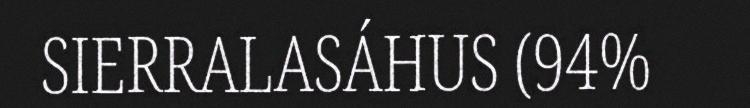
SIERRALASÁHUS (94%